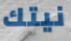
نيتك